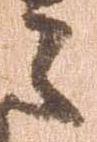
之